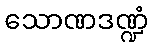
သောဏဒဏ္ဍံ